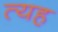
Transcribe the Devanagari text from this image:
त्यह